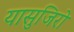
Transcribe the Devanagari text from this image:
यासुजिरो